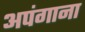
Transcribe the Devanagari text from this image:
अपंगाना